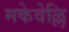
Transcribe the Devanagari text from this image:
मकेवेल्लि